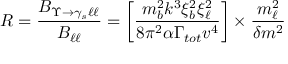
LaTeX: { \cal R } = \frac { { \cal B } _ { \Upsilon { \rightarrow } \gamma _ { s } \ell \ell } } { { \cal B } _ { \ell \ell } } = \biggl [ \frac { m _ { b } ^ { 2 } k ^ { 3 } \xi _ { b } ^ { 2 } \xi _ { \ell } ^ { 2 } } { 8 \pi ^ { 2 } { \alpha } \Gamma _ { t o t } v ^ { 4 } } \biggr ] \times \frac { m _ { \ell } ^ { 2 } } { { \delta } m ^ { 2 } }